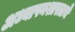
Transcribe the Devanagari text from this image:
अध्यापनशास्त्राचे